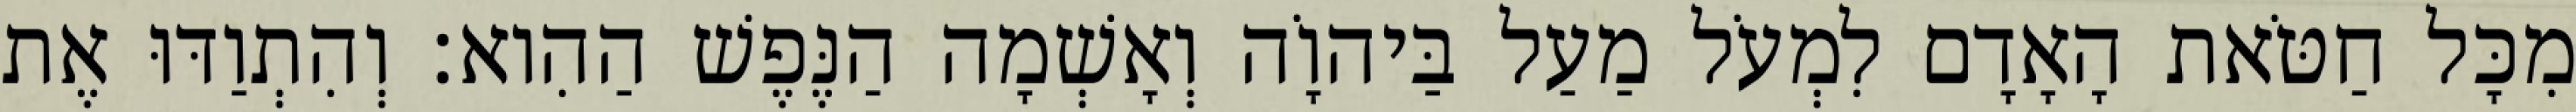
מִכָּל חַטֹּאת הָאָדָם לִמְעֹל מַעַל בַּיהוָֹה וְאָשְׁמָה הַנֶּפֶשׁ הַהִוא׃ וְהִתְוַדּוּ אֶת